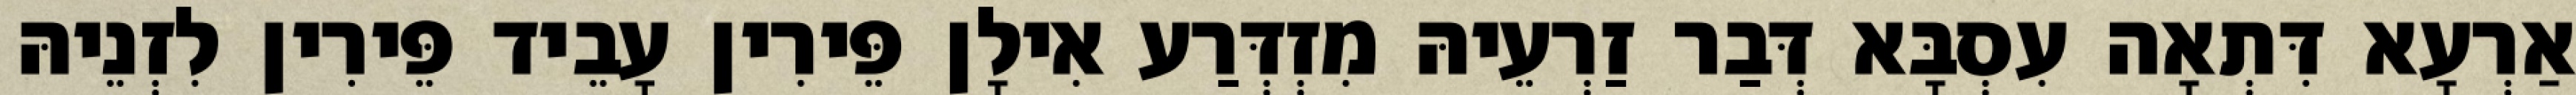
אַרְעָא דִּתְאָה עִסְבָּא דְּבַר זַרְעֵיהּ מִזְדְּרַע אִילָן פֵּירִין עָבֵיד פֵּירִין לִזְנֵיהּ